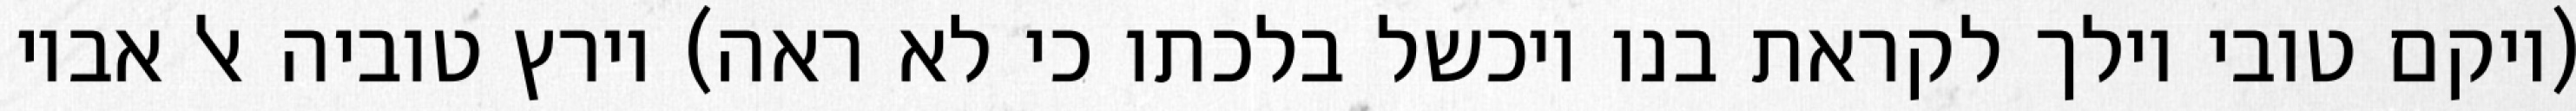
(ויקם טובי וילך לקראת בנו ויכשל בלכתו כי לא ראה) וירץ טוביה אל אביו